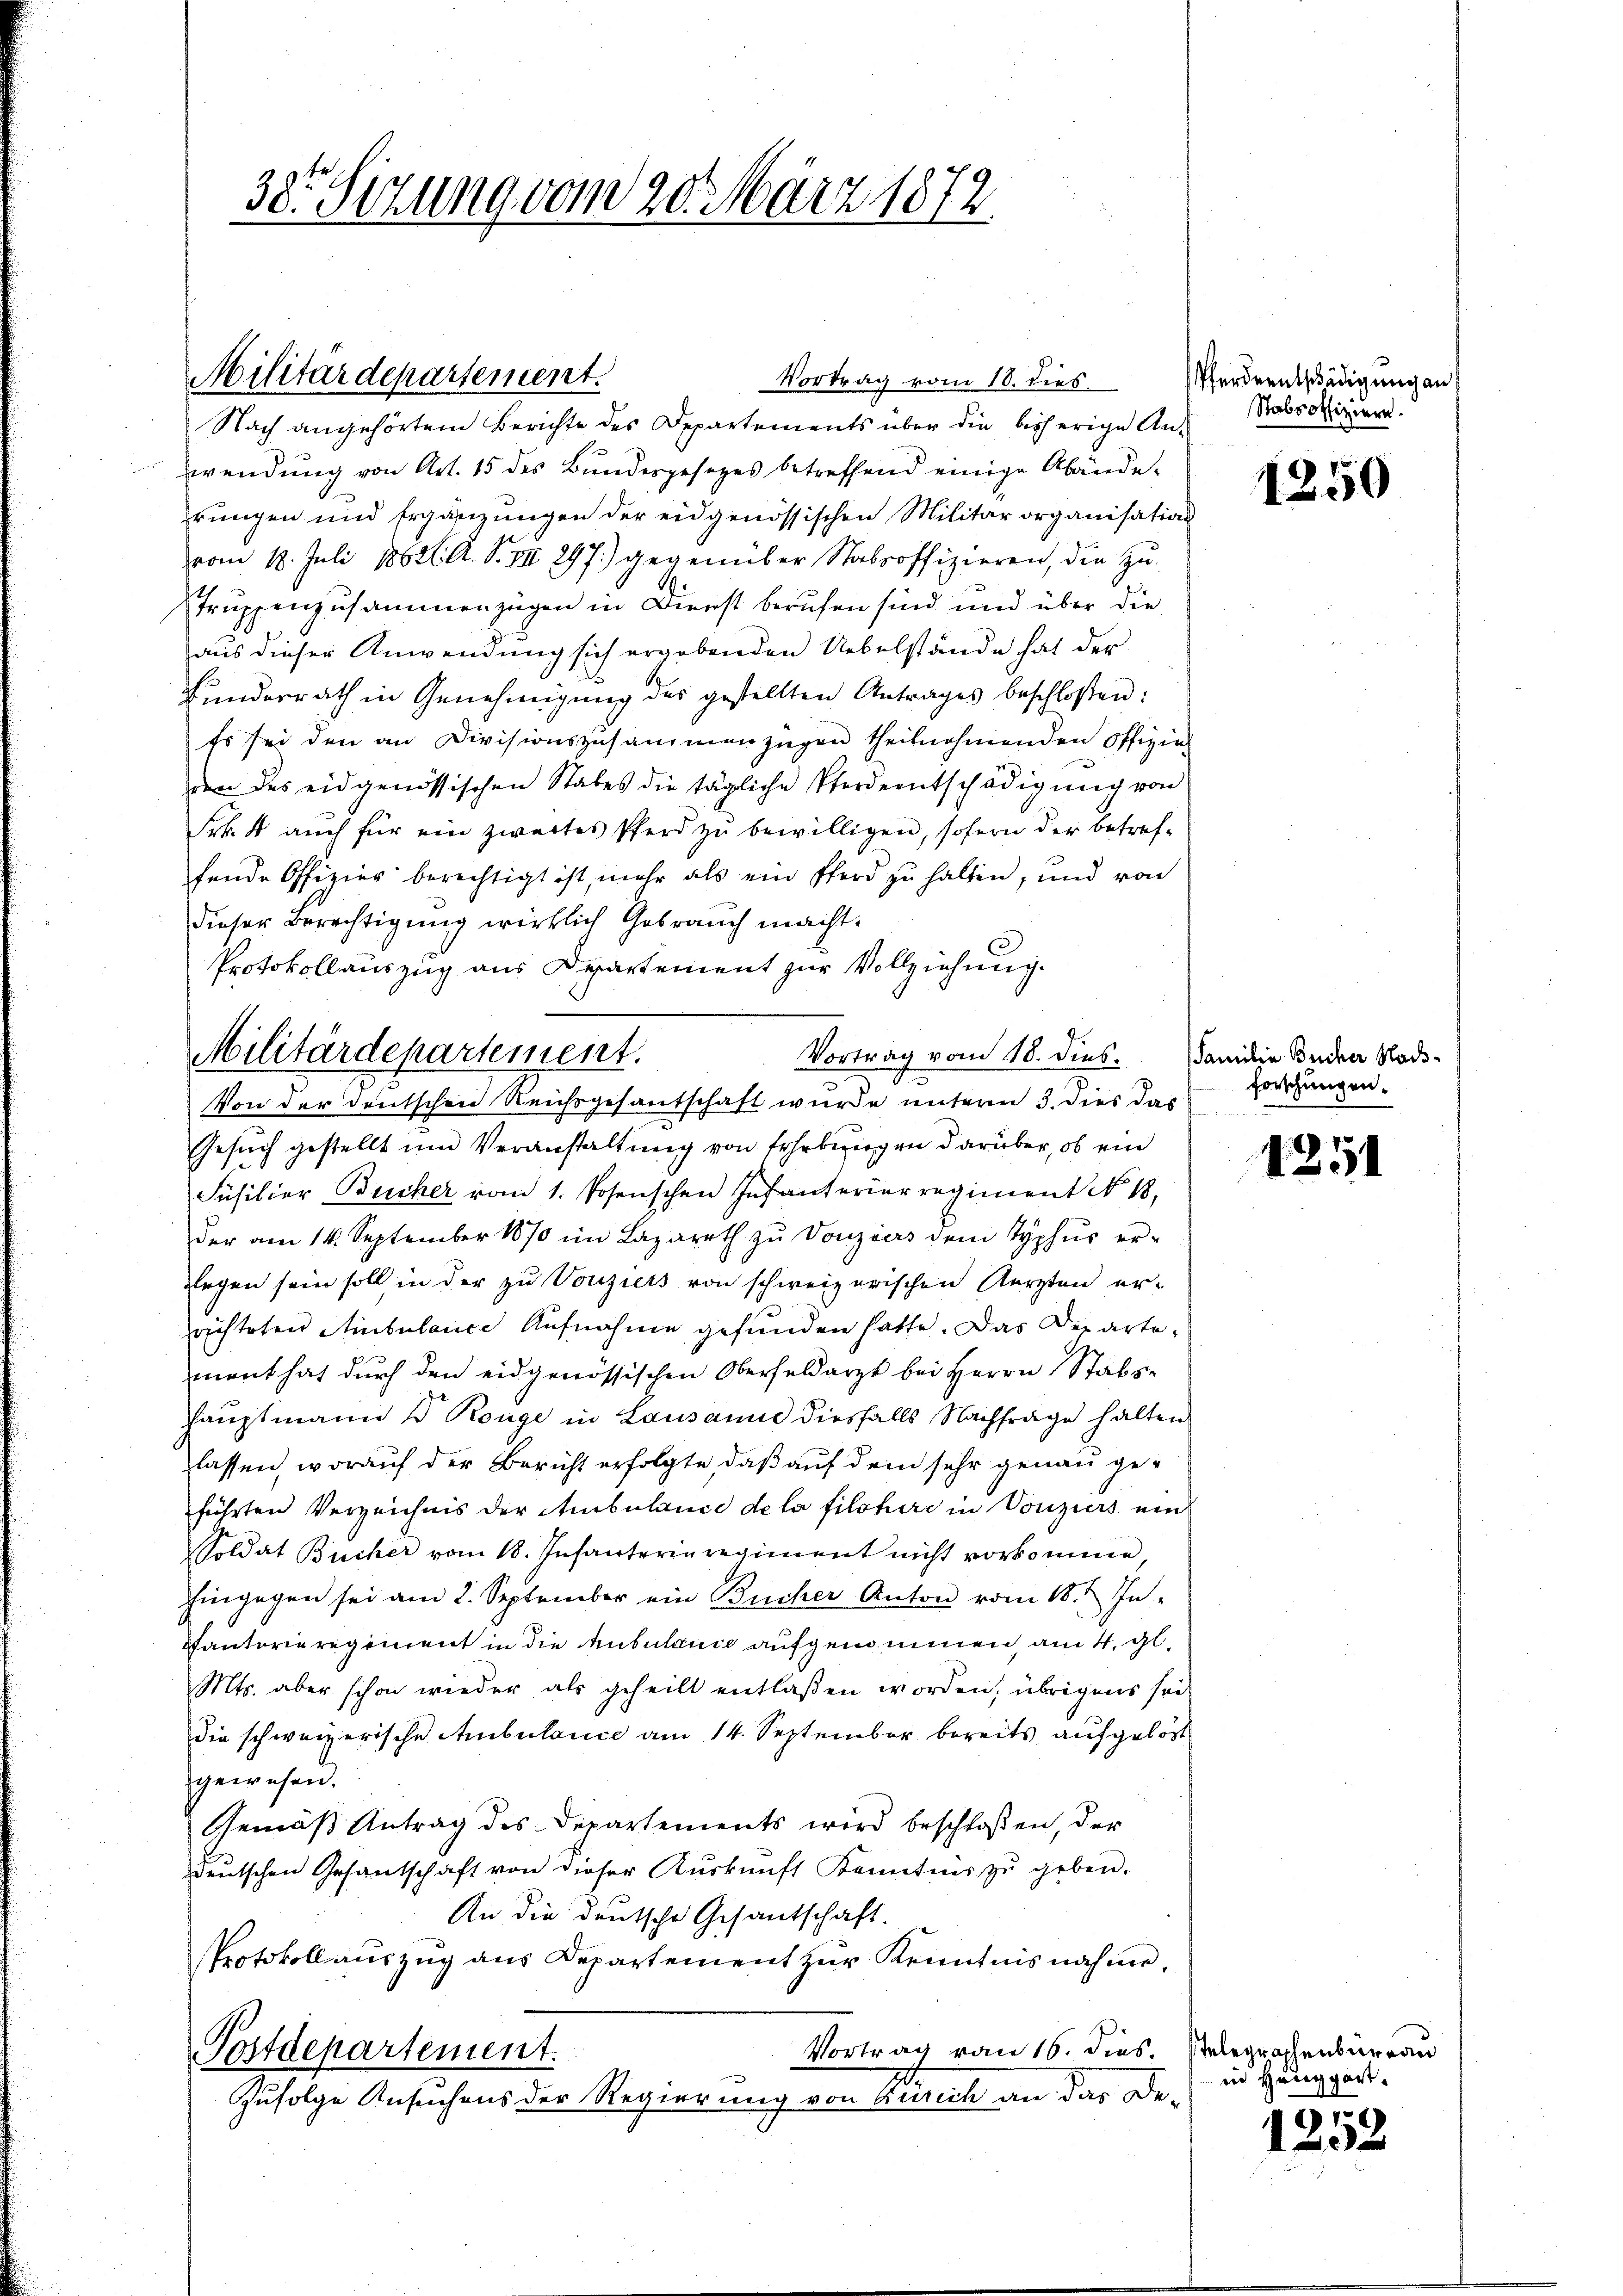
38. Sitzung vom 20. März 1872

Militärdepartement.

Militärdepartement.
Von der deutschen Reichsgesantschaft wurde unterm 3. dies das

Vortrag vom 10. dies
Nach angehörtem Berichte des Departements über die bisherige Anwendung von Art. 15 des Bundesgesetzes betreffend einige Abändeprungen und Ergänzŭngen der eidgenössischen Militärorganisation
vom 18. Juli 18621. A. S. VII 297.) gegenüber Stabsoffizieren, die Zu-
Truppenzusammenzügen in Dienst berufen sind und über die
aus dieser Anwendung sich ergebenden Uebelstände hat der
Bundesrath in Genehmigŭng des gestellten Antrages beschloßen:
Es sei den an Divisionszusammenzügen theilnehmenden Offizial
den des eidgenössischen Stabes die tägliche Pferdentschädigŭng von
Frk. 4 auch für ein zwertes Pferd zŭ bewilligen, sofern der betreffende Offizier berechtigt ist, mehr als ein Pferd zu halten, und von
dieser Berechtigung wirklich Gebrauch macht.
Protokollauszug aus Departement zur Vollziehung.
Gesuch gestellt und Veranstaltung von sehr beziegen darüber, ob ein
Füsilier Bucker vom 1. Posenschen Infanteriarregiment No. 18,
der am 14. September 1870 im Lazareth zŭ Vonzuers dem Typhus er-
legen sein soll in der zu Vouziers von schweizerischen Kerzten er-
richteten Ambulance Aufnahme gefunden hatte. Das Departement hat durch den eidgenössischen Oberfeldarzt bei Herrn Stabs-
hauptmann d Ronge in Lausanne diesfalls Nachfrage halten
lassen, worauf der Bericht erfolgte daß auf dem sehr genau geführten Verzeichnis der Ambulance de la filohire in Vorziers ein
Soldat Bücher vom 18. Infanterin regiment nicht vorkomme,
hingegen sei am 2. September ein Bücher Anton vom 1. & In-
autorieregiment in die Anbelange aufgenommen am 4. gl.
Mts. aber schon wieder als geheilt entlaßen worden; übrigens seidie schweizerische Ambulance am 14. September bereits aufgelöst
gewesen.
Gemäß Antrag des Departements wird beschloßen, der
deutschen Gesantschaft von dieser Auskunft Kenntnis zŭ geben.
An die deutsche Gesantschaft.
Protokoll auszug aus Departement zur Kenntnis nahme
Vortrag von 16. dies. Stelegraphenbergan
Postdepartement.
Zufolge Ansuchens der Regierung von Zürich an das De¬

Vortrag vom 118. dies

Pferdentschädigung an
Stabsoffiziere.

1250

Familie Bucher Nachforschungen.

1251

in Henggart.

1252